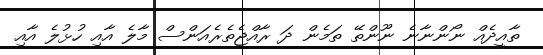
ތާއީދެއް ނޯންނާނެ ނޫންތޭ ތަމެން ދަ ރާއްޖެތެރެއަންސް މާލެ އާއި ހުޅުލެ އާއި